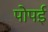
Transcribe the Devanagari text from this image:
पोपई